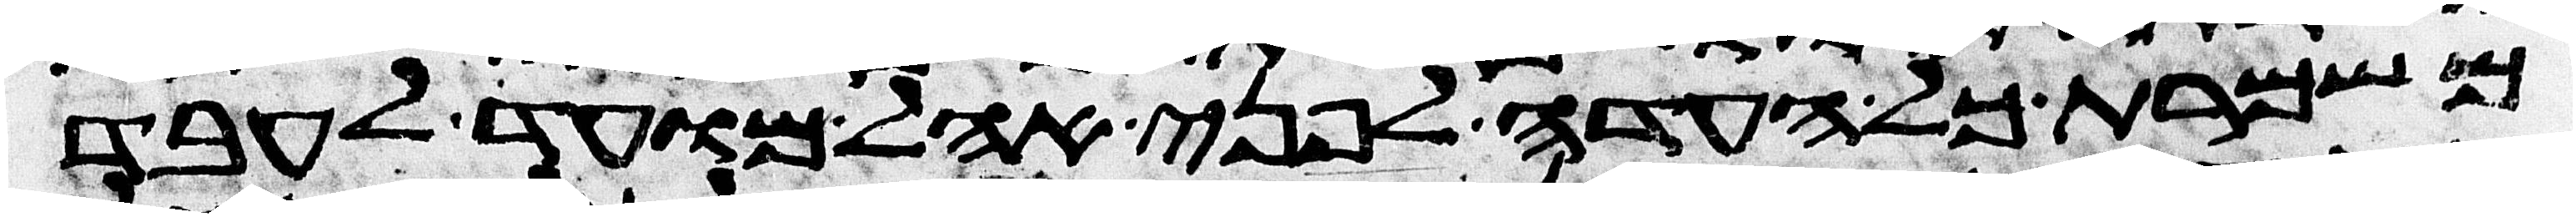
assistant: משמרת כל העדה לפני אהל מועד לעבד